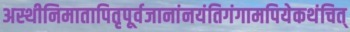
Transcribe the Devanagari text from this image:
अस्थीनिमातापितृपूर्वजानांनयंतिगंगामपियेकथंचित्